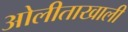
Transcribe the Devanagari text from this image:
ओलीताखाली